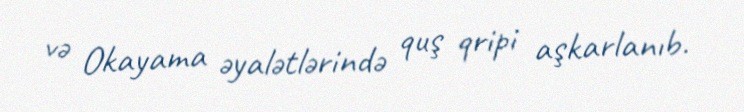
və Okayama əyalətlərində quş qripi aşkarlanıb.